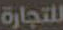
للتجارة